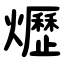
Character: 爏